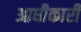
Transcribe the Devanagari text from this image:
आधीकारी